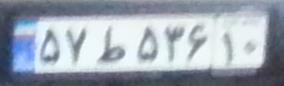
۵۷ط۵۳۶۱۰